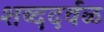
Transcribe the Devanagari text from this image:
शब्ददर्वळ